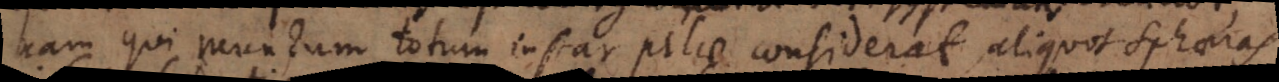
nam qui mundum totum instar pilae considerat, aliquot sphaeras